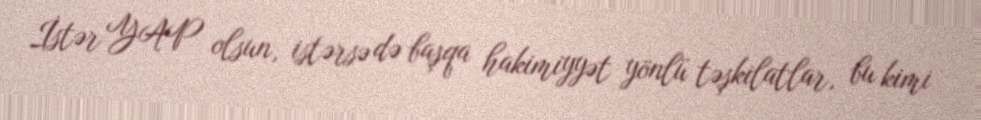
İstər YAP olsun, istərsə də başqa hakimiyyət yönlü təşkilatlar, bu kimi